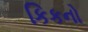
કિકનો